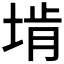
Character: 𪣩